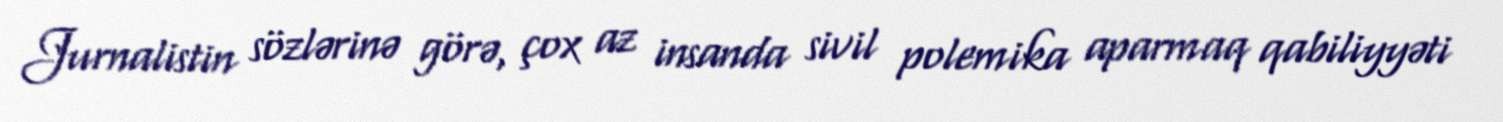
Jurnalistin sözlərinə görə, çox az insanda sivil polemika aparmaq qabiliyyəti